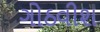
ગોઠવીશ